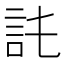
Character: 𧥫